Standards of the constituents of the urine and blood and the bearing of the metabolism of Bengalis on the problems of nutrition - Number 34
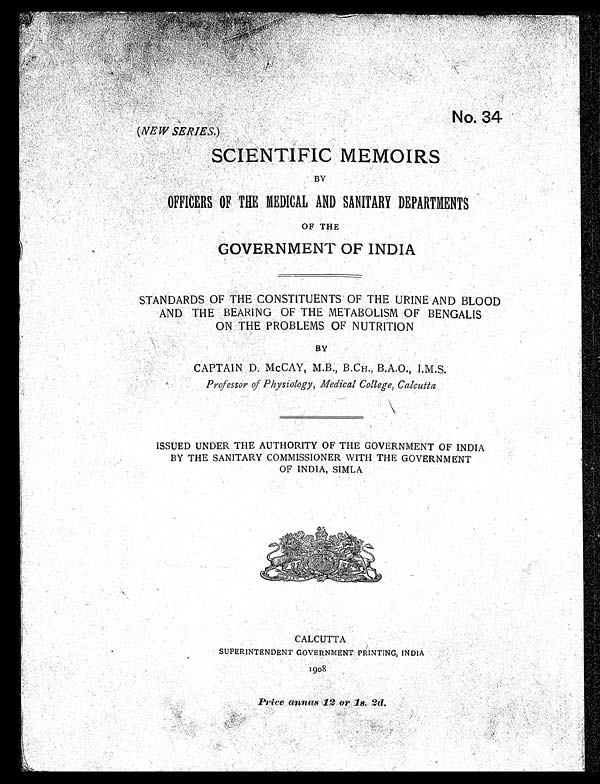
No. 34
(NEW SERIES.)
SCIENTIFIC MEMOIRS
BY
OFFICERS OF THE MEDICAL AND SANITARY DEPARTMENTS
OF THE
GOVERNMENT OF INDIA
STANDARDS OF THE CONSTITUENTS OF THE URINE AND BLOOD
AND THE BEARING OF THE METABOLISM OF BENGALIS
ON THE PROBLEMS OF NUTRITION
BY
CAPTAIN D. McCAY, M.B., B.CH., B.A.O., I.M.S.
Professor of Physiology, Medical College, Calcutta
ISSUED UNDER THE AUTHORITY OF THE GOVERNMENT OF INDIA
BY THE SANITARY COMMISSIONER WITH THE GOVERNMENT
OF INDIA, SIMLA
CALCUTTA
SUPERINTENDENT GOVERNMENT PRINTING, INDIA
1908
Price annas 12 or 1s. 2d.